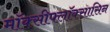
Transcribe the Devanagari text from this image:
मॉक्सीफ्लॉक्सासिन